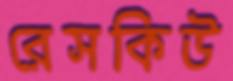
রেসকিউ